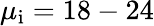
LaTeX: \mu_{\mathrm{i}}=18-24